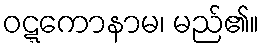
ဝဋ္ဋကောနာမ၊ မည်၏။